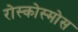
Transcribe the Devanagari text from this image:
रोस्कोस्मोस